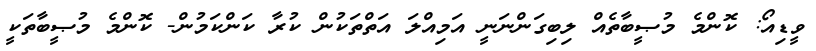
ވީޑިއޯ: ކޮންމެ މުޞީބާތެއް ލިބިގަންނަނީ އަމިއްލަ އަތްތަކުން ކުރާ ކަންކަމުން- ކޮންމެ މުޞީބާތަކީ